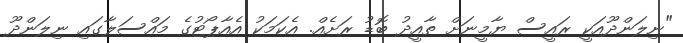
"ނިލަންދޫއަކީ ރައީސް ޔާމީނަށް ތާއީދު ބޮޑު ރަށެއް. އެކަމަކު އެއާޕޯޓުގެ މައްސަލާގައި ނިލަންދޫ